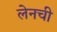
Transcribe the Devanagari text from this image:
लेनची